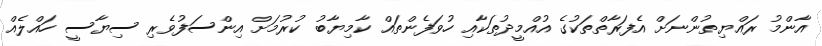
އާންމު ރައްޔިތުންނަށް އެފަރާތްތަކުގެ އުއްމީދުތަކާއި ހުވަފެންތައް ކާމިޔާބު ކުރުމަށް އިންސަފުވެރި ސިޔާސީ ހައްލެއް